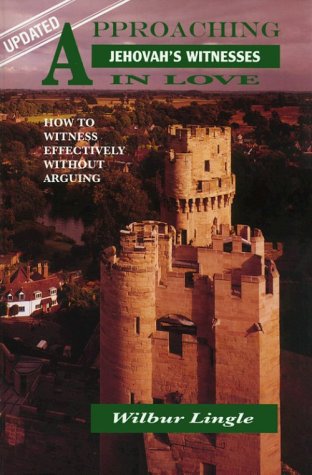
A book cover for Approaching Jehovah's Witnesses in Love: How to Witness Effectively Without Arguing; Wilbur Lingle; Christian Books & Bibles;